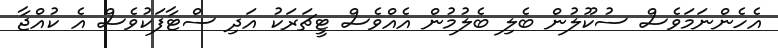
އެހެންނަމަވެސް ސުކޫލުން ބެލި ބެލުމުން އެއްވެސް ޓީޗަރަކު އަދި ސްޓާފަކުވެސް އެ ކުއްޖާ